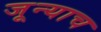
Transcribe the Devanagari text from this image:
जून्याच